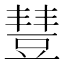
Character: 𧯮